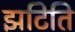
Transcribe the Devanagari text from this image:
झटिति